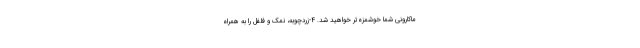
ماکارونی شما خوشمزه‌تر خواهید شد. ۴-زردچوبه، نمک و فلفل را به همراه